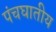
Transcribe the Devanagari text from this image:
पंचघातीय